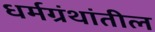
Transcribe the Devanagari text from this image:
धर्मग्रंथांतील